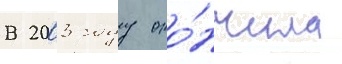
В 2003 году око́нчила